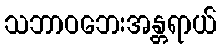
သဘာဝဘေးအန္တရာယ်